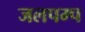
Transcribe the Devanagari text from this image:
जलपम्प